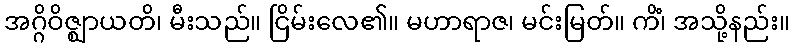
အဂ္ဂိဝိဇ္ဈာယတိ၊ မီးသည်။ ငြိမ်းလေ၏။ မဟာရာဇ၊ မင်းမြတ်။ ကိံ၊ အသို့နည်း။